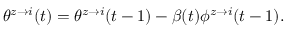
\theta ^ { z \rightarrow i } ( t ) = \theta ^ { z \rightarrow i } ( t - 1 ) - \beta ( t ) \phi ^ { z \rightarrow i } ( t - 1 ) .